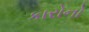
કારોનો